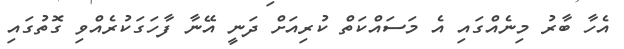
އެހާ ބާރު މިނެއްގައި އެ މަސައްކަތް ކުރިއަށް ދަނީ އޭނާ ފާހަގަކުރެއްވި ގޮތުގައި